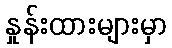
နှုန်းထားများမှာ